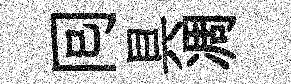
囘具凋